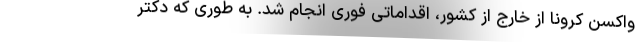
واکسن کرونا از خارج از کشور، اقداماتی فوری انجام شد. به طوری که دکتر